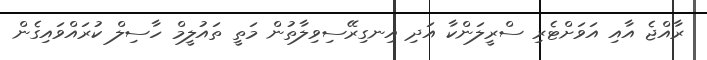
ރާއްޖެ އާއި އަވަށްޓެރި ސްރީލަންކާ އަދި އިނގިރޭސިވިލާތުން މަތީ ތައުލީމް ހާސިލް ކުރައްވައިގެން